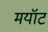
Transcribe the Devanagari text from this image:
मयॉट